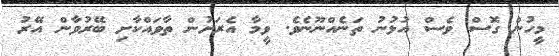
މީހުން ގޮސް ވެސް އުޅުނު ތަނެއްނޫނެވެ. ވީމާ އެރަށުން ތާވައްކާށި ބޭރުވާން އޭރު